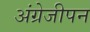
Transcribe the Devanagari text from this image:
अंग्रेजीपन